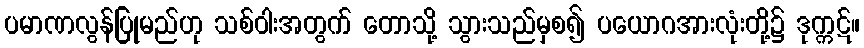
ပမာဏလွန်ပြုမည်ဟု သစ်ဝါးအတွက် တောသို့ သွားသည်မှစ၍ ပယောဂအားလုံးတို့၌ ဒုက္ကဋ်။